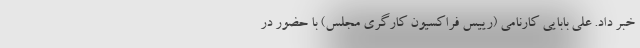
خبر داد. علی بابایی کارنامی (رییس فراکسیون کارگری مجلس) با حضور در